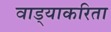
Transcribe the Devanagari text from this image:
वाड्याकरिता